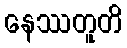
နေဿတူတိ